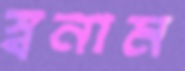
স্বনাম